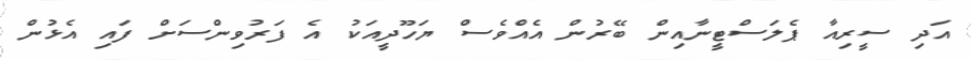
އަދި ސީރިއާ ޕެލަސްޓީނާއިން ބޭރުން އެއްވެސް ޔަހޫދީއަކު އެ ފަރުވިންސަށް ފައި އެޅުން